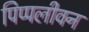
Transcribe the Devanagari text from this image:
पिप्पलीवन